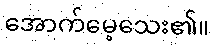
အောက်မေ့သေး၏။